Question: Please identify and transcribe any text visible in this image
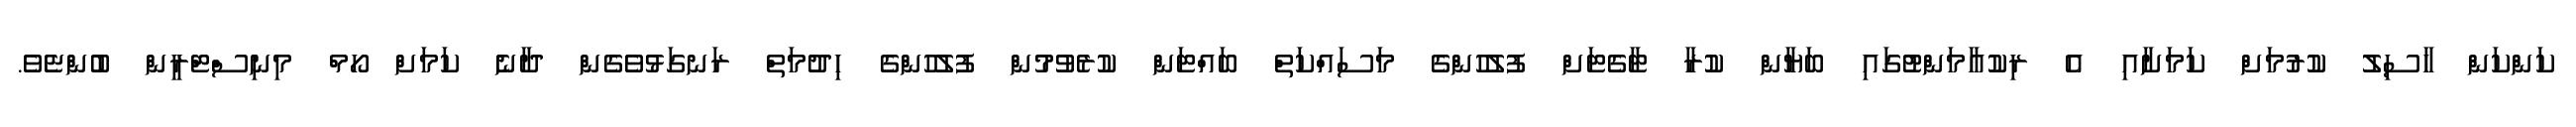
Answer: ކަންކަން ހާސިލު ކުރުމަށް ކަމަށާއި އެ ރިކުއާމަންޓުގައި ބަޔާން ކުރާ ޓާގެޓަށް ފުލުހުންގެ މަސައްކަތް ބައްޓަން ކުރެވުމުން ފުލުހުންގެ ހިދުމަތް ރަނގަޅުވެގެން ދާނެ ކަމަށް ހޯމް މިނިސްޓްރީން ބުންޏެވެ.